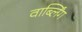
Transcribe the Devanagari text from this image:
वार्ब्लिंग